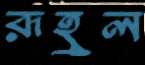
রূহুল